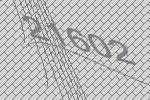
21602